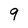
Character: 9